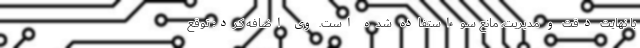
با نهایت دقت و مدیریت، مانع سوء‌استفاده شده است. وی اضافه کرد: توقع